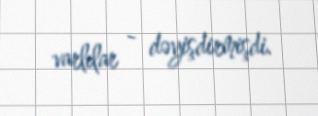
varlılar - dəyişdirmişdi.